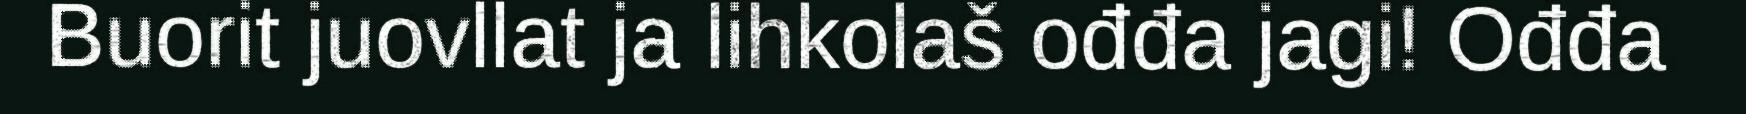
Buorit juovllat ja lihkolaš ođđa jagi! Ođđa